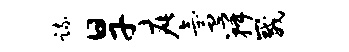
疏旱疵氲瓣崴